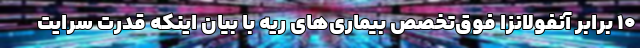
10 برابر آنفولانزا فوق‌تخصص بیماری‌های ریه با بیان اینکه قدرت سرایت